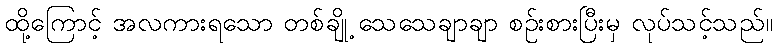
ထို့ကြောင့် အလကားရသော တစ်ချို့ သေသေချာချာ စဉ်းစားပြီးမှ လုပ်သင့်သည်။